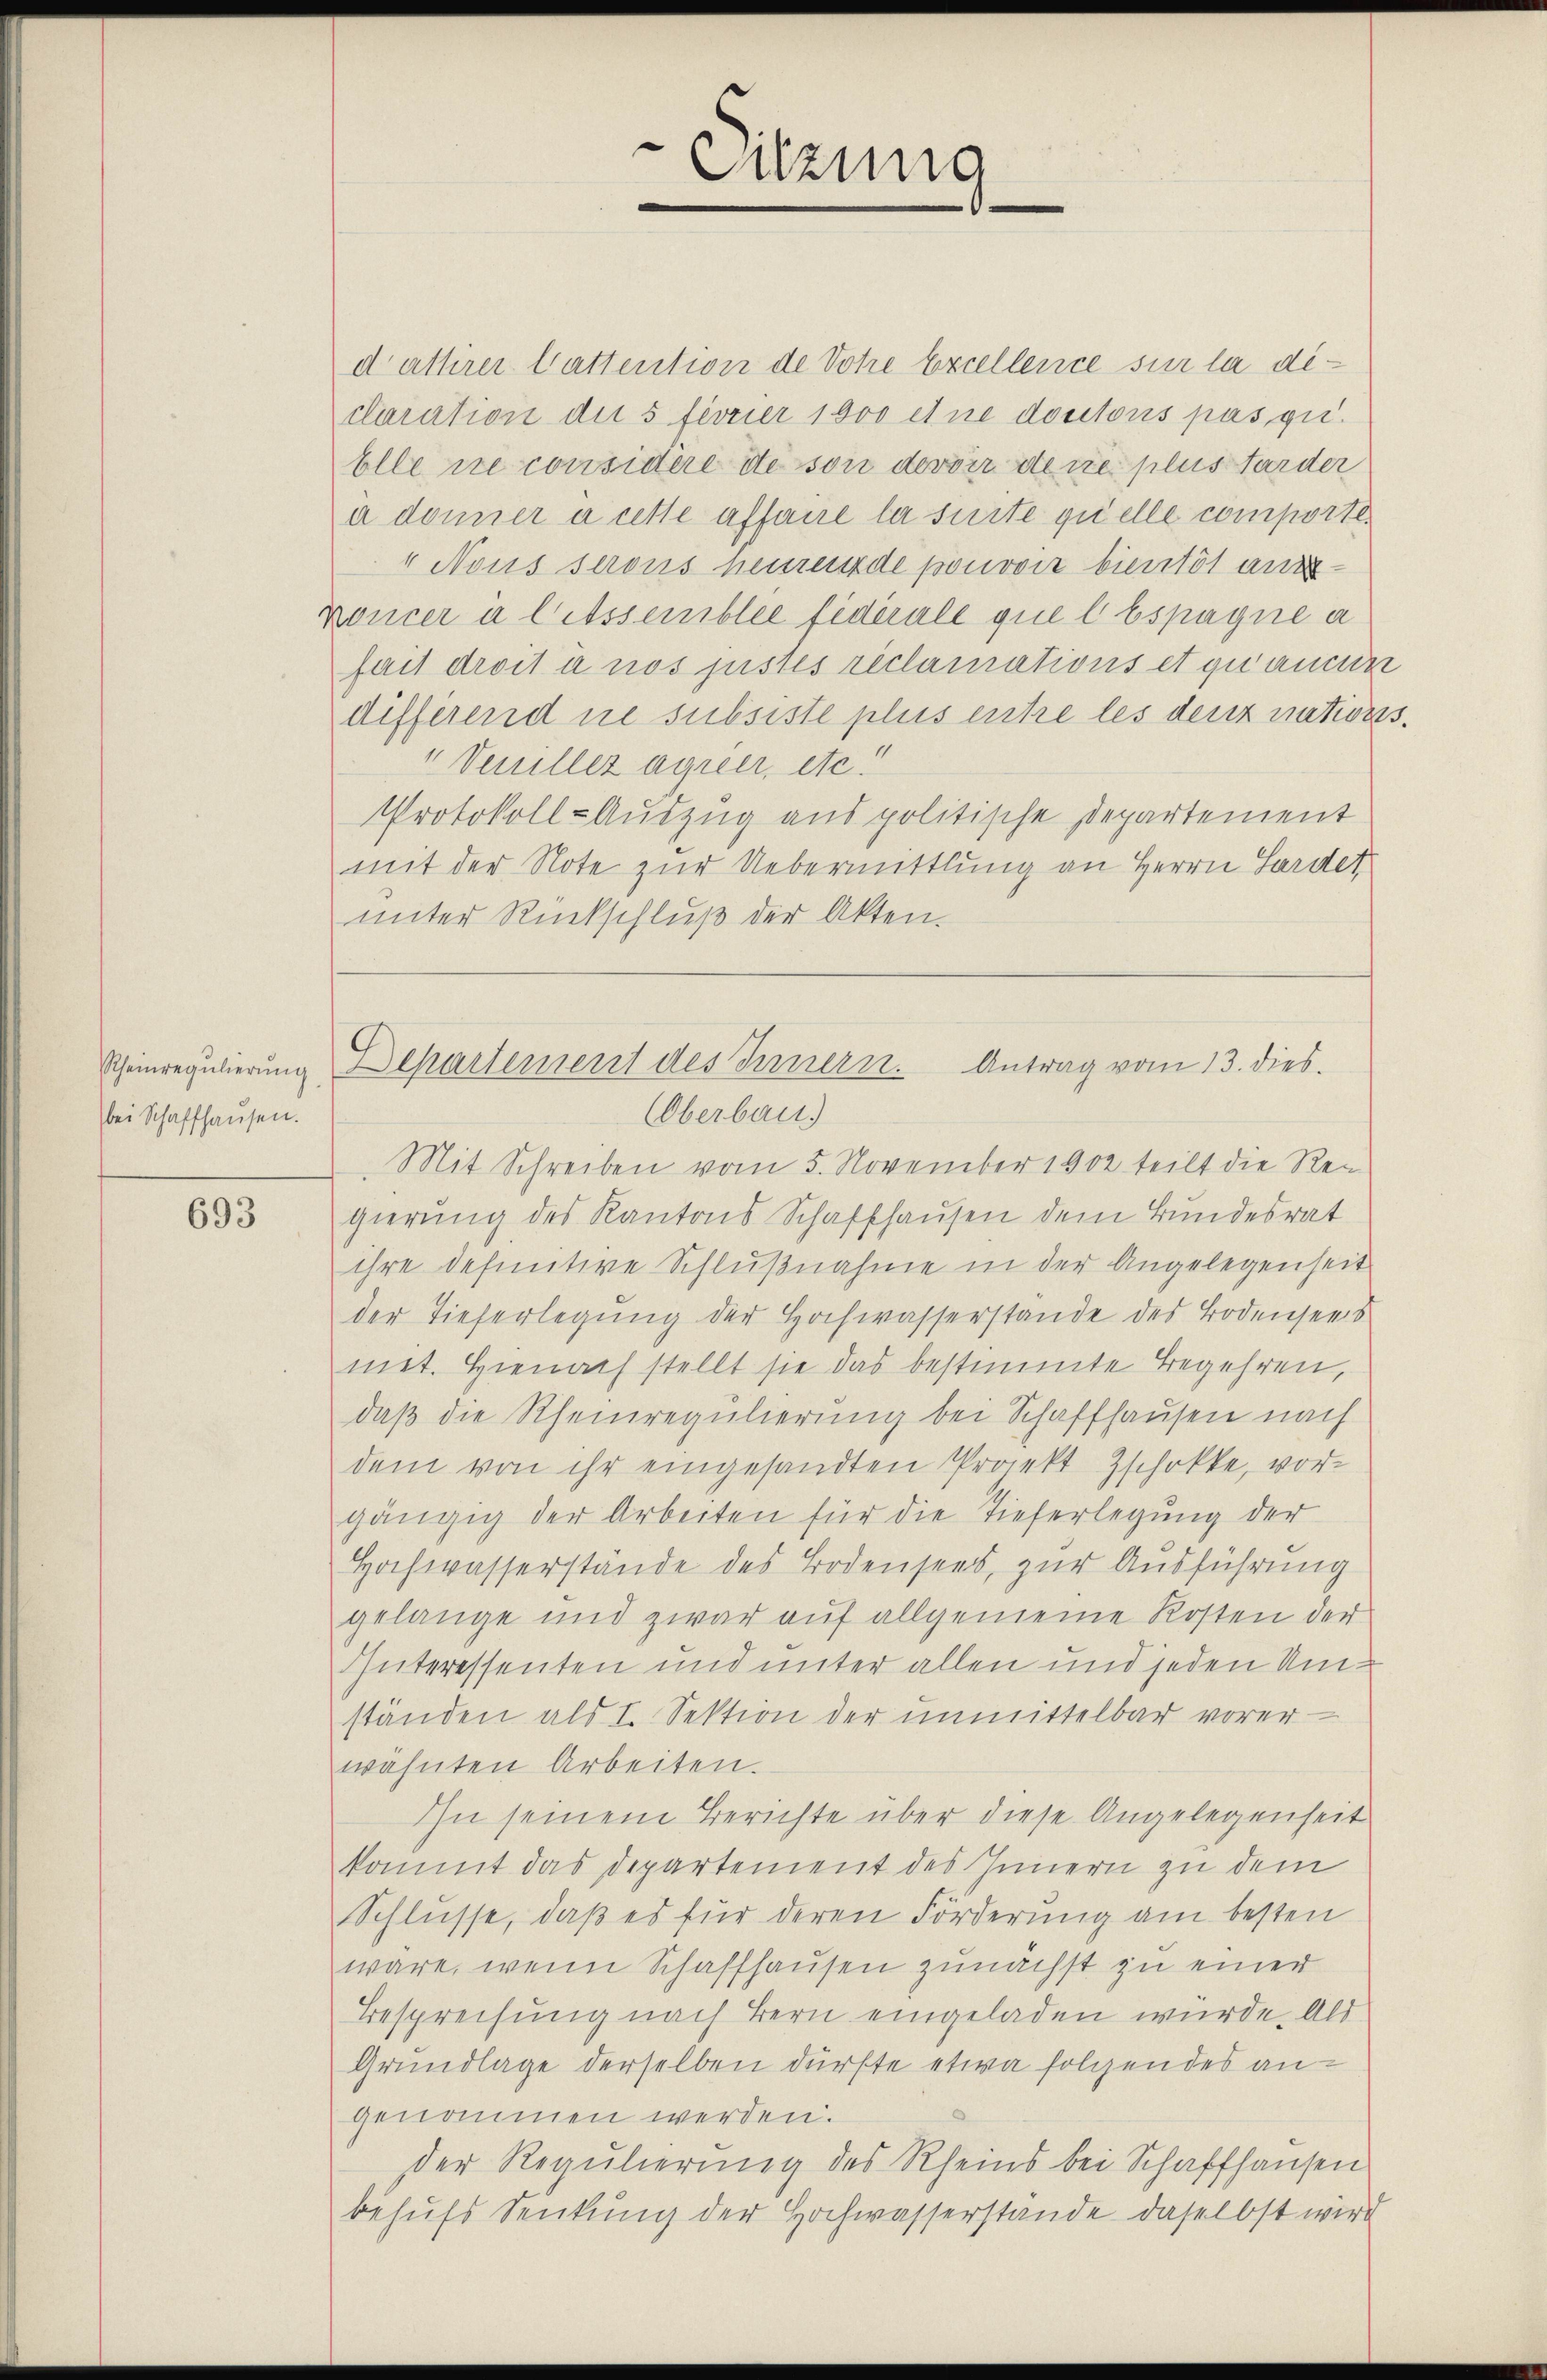
bei Schaffhausen.

693

dattirer Gattention de Dohe Excellence sur la diclaration der 5 fevrier 1600 et ne dontons pas qu
Elle nie considere de son devoir dene plus tarder
à donner aufte affaire la suite quelle comporte.
" Nous serons heurede pouvoir bientit aus¬
Koncer in litssemblée fédérale quel Espagne a
fait droit à nos justes reclamations et quancen
differend ne subsiste plus entre les denz nations¬
" Venillez agier, etc.
Protokoll-Auszug aus politische Departement
mit der Note zur Uebermittlung an Herrn Sardet,
unter Rückschluß der Akten.

Sitzung

Scheinregulierung Departement des Innern. Antrag vom 13. dies.

Oberbau)
Mit Schreiben vom 5. November 1902 teilt die Regierung des Kantons Schaffhausen dem Bundesrat
ihre definitive Schlußnahme in der Angelegenheit
der Tieferlegŭng der Hochwasserstande des Bodensees
met. Hienach stellt sie das bestimmte Begehren,
daß die Rheinregulierung bei Schaffhausen nach
dem von ihr eingesandten Projekt Zschokke, vorgängig der Arbeiten für die Tieferlegung der
Hochwasserstände des Bodensees, zur Ausführung
gelange und zwar auf allgemeine Kosten der
Interessenten und unter allen und jeden Umständen als I. Sektion der unmittelbar vorer
wähnten Arbeiten.
Ihn seinem Berichte über diese Angelegenseit
kommt das Departement des Innern zu dem
Schlüsse, daß es für deren Förderung am besten
wäre, wenn Schaffhausen zunächst zu einer
Besprechung nach Bern eingeladen wurde. Als
Grundlage derselben dürfte etwa folgendes angenommen werden.
der Regulierung des Rheins bei Schaffhausen
behufs Senkung der Hochwasserstände daselbst wird